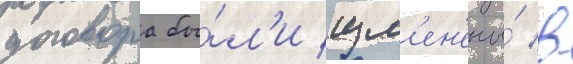
договора бы́л'и изм'ен'ены́ в